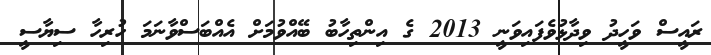
ރައީސް ވަހީދު ވިދާޅުވެފައިވަނީ 2013 ގެ އިންތިހާބު ބޭއްވުމަށް އެއްބަސްވާނަމަ ހުރިހާ ސިޔާސީ